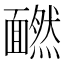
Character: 𩉄